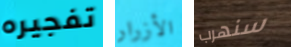
تفجيره الأزرار سنهرب